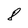
Character: 8